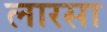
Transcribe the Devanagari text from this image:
लारसा